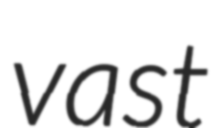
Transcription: vast